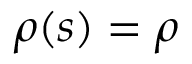
\rho ( s ) = \rho